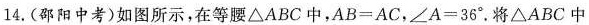
14. (邵阳中考)如图所示，在等腰△ABC 中，$$A B = A C$$，$$∠ A = 3 6 °$$. 将 △ABC 中